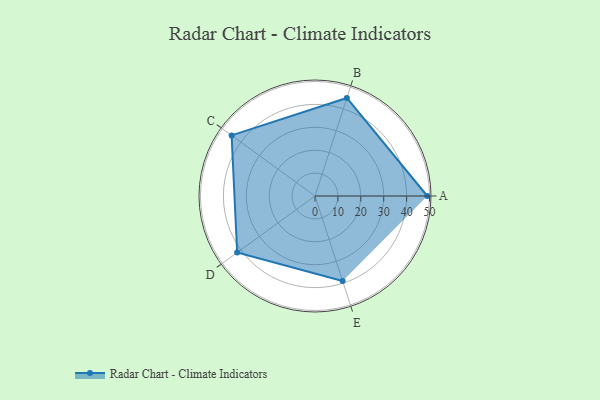
{"axis": {"x": "Skill", "y": "Score"}, "legend": ["Profile"], "data": [{"x": "A", "y": 49.0, "type": "Profile"}, {"x": "B", "y": 45.0, "type": "Profile"}, {"x": "C", "y": 45.0, "type": "Profile"}, {"x": "D", "y": 42.0, "type": "Profile"}, {"x": "E", "y": 39.0, "type": "Profile"}]}